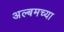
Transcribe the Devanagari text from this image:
अल्बमच्या